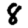
Digit: 8